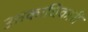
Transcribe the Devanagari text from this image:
उत्तकाधिकारी